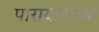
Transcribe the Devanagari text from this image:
पारायणांच्या